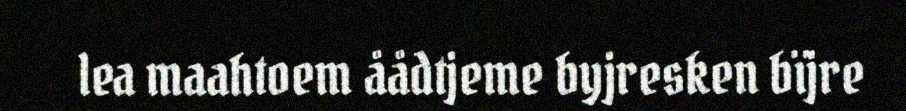
lea maahtoem åådtjeme byjresken bïjre